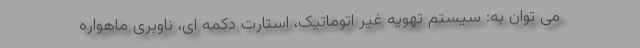
می توان به: سیستم تهویه غیر اتوماتیک، استارت دکمه ای، ناوبری ماهواره